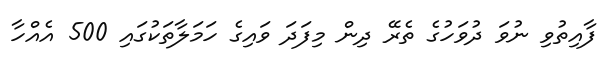
ފާއިތުވި ނުވަ ދުވަހުގެ ތެރޭ ދިން މިފަދަ ވައިގެ ހަމަލާތަކުގައި 500 އެއްހާ